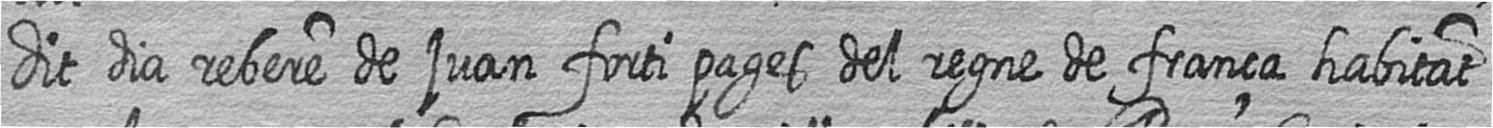
dit dia rebere de juan forti pages del regne de frança habitat